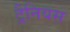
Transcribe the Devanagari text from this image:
ट्रैनियस